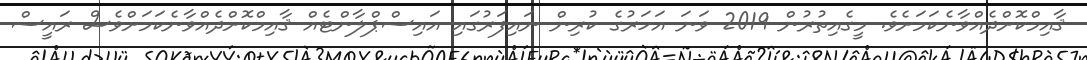
ޤާއިމްކޮށްދެއްވާނެކަމަށެވެ. މީގެއިތުރުން 2019 ވަނަ އަހަރުގެ ކުރިން ނައިފަރުގައި އައިސްޕްލާންޓެއް ޤާއިމްކޮށްދެއްވާނެކަމަށްވެސް ރައީސް